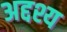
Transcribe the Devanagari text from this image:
अद्दश्य